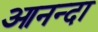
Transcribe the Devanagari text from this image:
आनन्दा